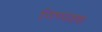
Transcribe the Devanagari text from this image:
निष्पक्श